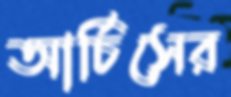
আর্চিসের